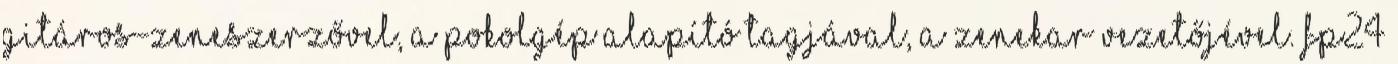
gitáros-zeneszerzővel, a Pokolgép alapító tagjával, a zenekar vezetőjével. FP24